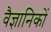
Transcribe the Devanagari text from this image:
वैज्ञानिकों